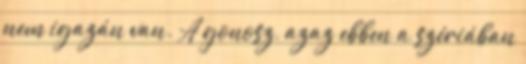
nem igazán van. A gonosz, azaz ebben a szériában